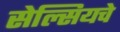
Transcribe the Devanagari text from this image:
सेल्सियचे